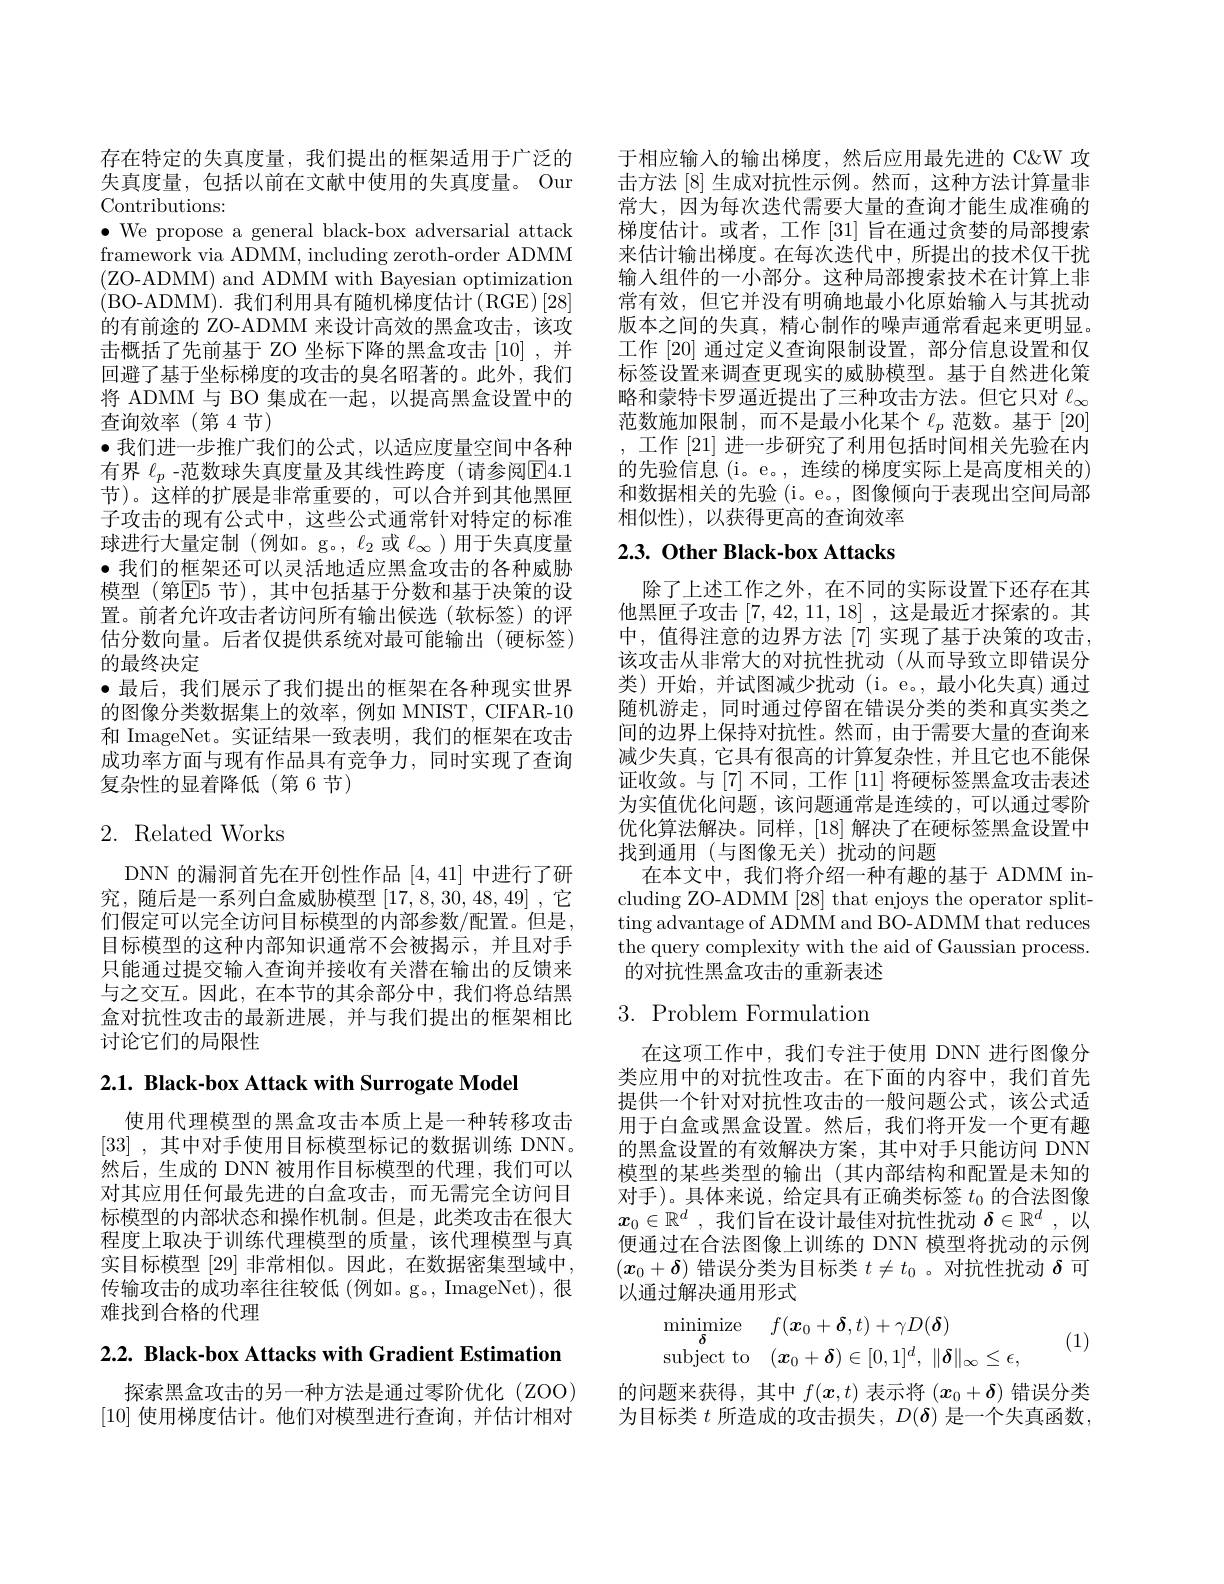
存在特定的失真度量，我们提出的框架适用于广泛的失真度量，包括以前在文献中使用的失真度量。Our Contributions:
$\bullet$ We propose a general black-box adversarial attack framework via ADMM, including zeroth-order ADMM (ZO-ADMM) and ADMM with Bayesian optimization (BO-ADMM). 我们利用具有随机梯度估计(RGE)[28] 的有前途的 ZO-ADMM 来设计高效的黑盒攻击，该攻击概括了先前基于 ZO 坐标下降的黑盒攻击 [10] ,并回避了基于坐标梯度的攻击的臭名昭著的。此外，我们将 ADMM 与 BO 集成在一起，以提高黑盒设置中的查询效率(第4节)
$\bullet$我们进一步推广我们的公式，以适应度量空间中各种有界 $\ell_p$ -范数球失真度量及其线性跨度 (请参阅$\overline{\mathrm{E}}4.1$ 节)。这样的扩展是非常重要的，可以合并到其他黑匣子攻击的现有公式中，这些公式通常针对特定的标准球进行大量定制 (例如。g。, $\ell_2$或$\ell_\infty)$用于失真度量· 我们的框架还可以灵活地适应黑盒攻击的各种威胁模型 (第$\mathbb{E}$5 节),其中包括基于分数和基于决策的设置。前者允许攻击者访问所有输出候选(软标签)的评估分数向量。后者仅提供系统对最可能输出(硬标签) 的最终决定
·最后，我们展示了我们提出的框架在各种现实世界的图像分类数据集上的效率，例如 MNIST, CIFAR-10和 ImageNet。实证结果一致表明，我们的框架在攻击成功率方面与现有作品具有竞争力，同时实现了查询复杂性的显着降低(第6节)

# 2. Related Works

DNN 的漏洞首先在开创性作品[4,41]中进行了研究，随后是一系列白盒威胁模型[17,8,30,48,49] ,它们假定可以完全访问目标模型的内部参数/配置。但是， 目标模型的这种内部知识通常不会被揭示，并且对手只能通过提交输入查询并接收有关潜在输出的反馈来与之交互。因此，在本节的其余部分中，我们将总结黑盒对抗性攻击的最新进展，并与我们提出的框架相比讨论它们的局限性

$2. 1. \textbf{ Black- box Attack with Surrogate Model}$

使用代理模型的黑盒攻击本质上是一种转移攻击[33] , 其中对手使用目标模型标记的数据训练 DNN。然后，生成的 DNN 被用作目标模型的代理，我们可以对其应用任何最先进的白盒攻击，而无需完全访问目标模型的内部状态和操作机制。但是，此类攻击在很大程度上取决于训练代理模型的质量，该代理模型与真实目标模型 [29] 非常相似。因此，在数据密集型域中， 传输攻击的成功率往往较低(例如。g。, ImageNet), 很难找到合格的代理

2.2. Black-box Attacks with Gradient Estimation

探索黑盒攻击的另一种方法是通过零阶优化(ZOO) [10]使用梯度估计。他们对模型进行查询，并估计相对

于相应输入的输出梯度，然后应用最先进的 C&W 攻击方法 [8] 生成对抗性示例。然而，这种方法计算量非常大，因为每次迭代需要大量的查询才能生成准确的梯度估计。或者，工作[31] 旨在通过贪婪的局部搜索来估计输出梯度。在每次迭代中，所提出的技术仅干扰输入组件的一小部分。这种局部搜索技术在计算上非常有效，但它并没有明确地最小化原始输入与其扰动版本之间的失真，精心制作的噪声通常看起来更明显。工作 [20] 通过定义查询限制设置，部分信息设置和仅标签设置来调查更现实的威胁模型。基于自然进化策略和蒙特卡罗逼近提出了三种攻击方法。但它只对$\ell_{\infty}$ 范数施加限制，而不是最小化某个$\ell_p$范数。基于[20] ,工作 [21] 进一步研究了利用包括时间相关先验在内的先验信息 (i。e。, 连续的梯度实际上是高度相关的) 和数据相关的先验 (i。e。, 图像倾向于表现出空间局部相似性),以获得更高的查询效率

# $2. 3. \textbf{ Other Black- box Attacks}$

除了上述工作之外，在不同的实际设置下还存在其他黑匣子攻击$\left[7,42,11,18\right]$,这是最近才探索的。其中，值得注意的边界方法[7]实现了基于决策的攻击， 该攻击从非常大的对抗性扰动(从而导致立即错误分类)开始，并试图减少扰动(i。e。,最小化失真)通过随机游走，同时通过停留在错误分类的类和真实类之间的边界上保持对抗性。然而，由于需要大量的查询来减少失真，它具有很高的计算复杂性，并且它也不能保证收敛。与[7]不同，工作[11] 将硬标签黑盒攻击表述为实值优化问题，该问题通常是连续的，可以通过零阶优化算法解决。同样，[18] 解决了在硬标签黑盒设置中找到通用(与图像无关)扰动的问题
在本文中，我们将介绍一种有趣的基于 ADMM including ZO-ADMM [28] that enjoys the operator splitting advantage of ADMM and BO-ADMM that reduces the query complexity with the aid of Gaussian process 的对抗性黑盒攻击的重新表述

# $3.{\mathrm{~Problem~Formulation}}$

在这项工作中，我们专注于使用 DNN 进行图像分类应用中的对抗性攻击。在下面的内容中，我们首先提供一个针对对抗性攻击的一般问题公式，该公式适用于白盒或黑盒设置。然后，我们将开发一个更有趣的黑盒设置的有效解决方案，其中对手只能访问 DNN 模型的某些类型的输出(其内部结构和配置是未知的对手)。具体来说，给定具有正确类标签$t_0$的合法图像$x_0\in \mathbb{R} ^d$ ,我们旨在设计最佳对抗性扰动$\delta \in \mathbb{R} ^d$ ,以便通过在合法图像上训练的 DNN 模型将扰动的示例$(\boldsymbol{x}_0+\boldsymbol{\delta})$错误分类为目标类$t\neq t_0$ 。对抗性扰动$\delta$可以通过解决通用形式
$$\begin{array}{ll}\mathrm{minimize}&f(\boldsymbol{x}_0+\boldsymbol{\delta},t)+\gamma D(\boldsymbol{\delta})\\\mathrm{subject~to}&(\boldsymbol{x}_0+\boldsymbol{\delta})\in[0,1]^d,\:\|\boldsymbol{\delta}\|_\infty\leq\epsilon,\end{array}$$
(1)

的问题来获得，其中$f(x,t)$表示将$(x_0+\delta)$错误分类为目标类$t$所造成的攻击损失，$D(\boldsymbol{\delta})$是一个失真函数